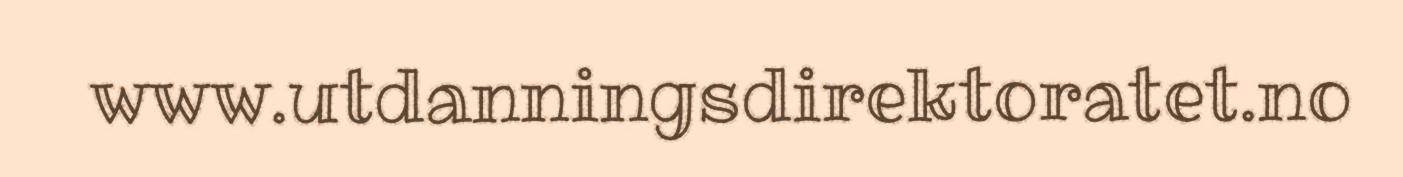
www.utdanningsdirektoratet.no